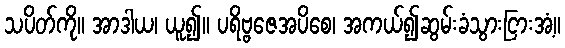
သပိတ်ကို။ အာဒါယ၊ ယူ၍။ ပရိဗ္ဗဇေအပိစေ၊ အကယ်၍ဆွမ်းခံသွားငြားအံ့။